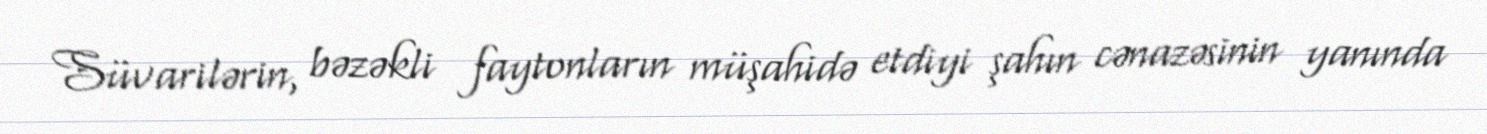
Süvarilərin, bəzəkli faytonların müşahidə etdiyi şahın cənazəsinin yanında